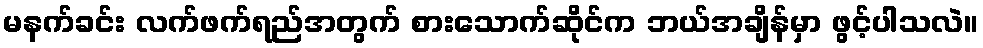
မနက်ခင်း လက်ဖက်ရည်အတွက် စားသောက်ဆိုင်က ဘယ်အချိန်မှာ ဖွင့်ပါသလဲ။